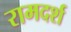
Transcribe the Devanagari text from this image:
रामदर्श